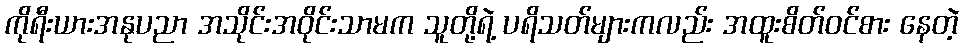
ကိုရီးယားအနုပညာ အသိုင်းအဝိုင်းသာမက သူတို့ရဲ့ ပရိသတ်များကလည်း အထူးစိတ်ဝင်စား နေတဲ့